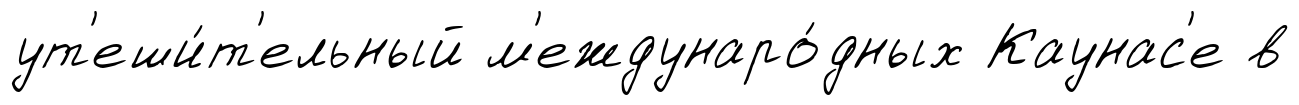
ут'еши́т'ельный м'еждунаро́дных Каунас'е в